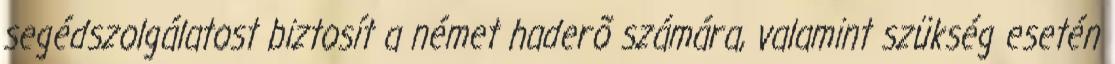
segédszolgálatost biztosít a német haderõ számára, valamint szükség esetén